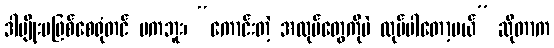
ဒါမျိုးမဖြစ်စေရုံတင် မကဘူး၊ “ကောင်းတဲ့ အလုပ်တွေကိုပဲ လုပ်ပါတော့မယ်” ဆိုတာက